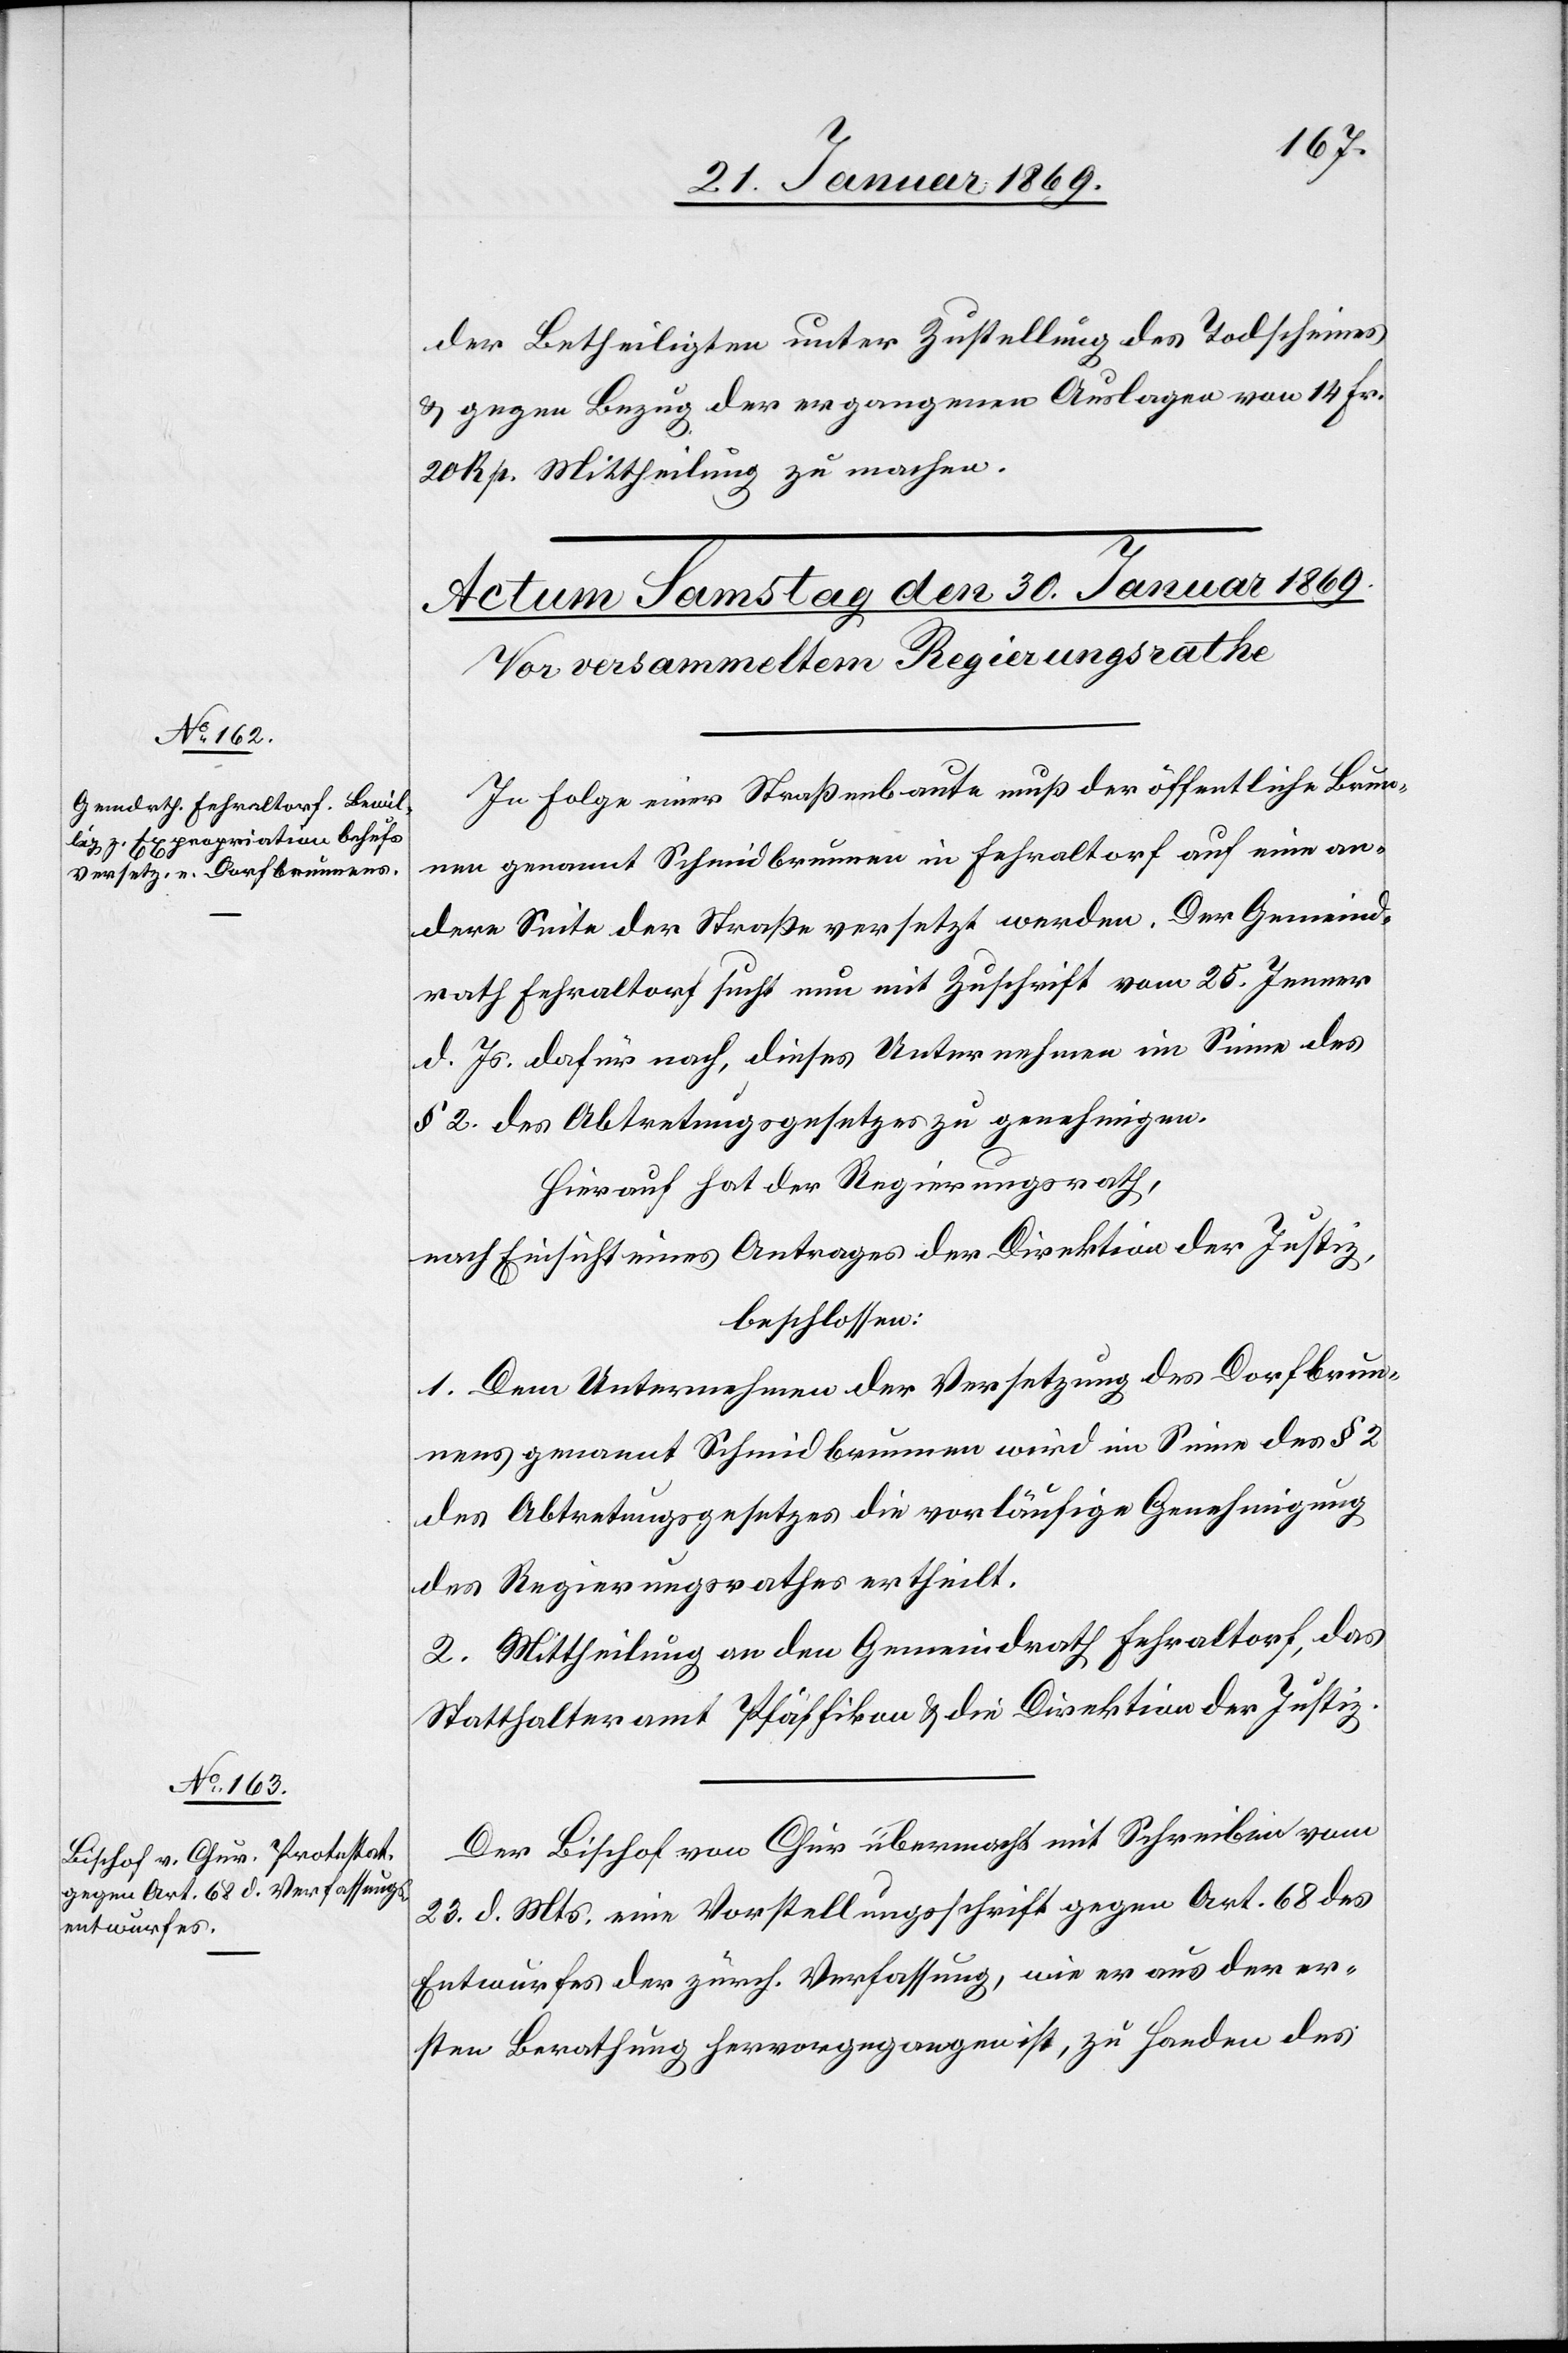
der Betheiligten unter Zustellung des Todscheines
& gegen Bezug der ergangenen Auslagen vom 14 Fr.
20 Rp. Mittheilung zu machen.
In Folge einer Straßenbaute muß der öffentliche Brun¬
nen genannt Schmidbrunnen in Fehraltorf auf eine an¬
dere Seite der Straße versetzt werden. Der Gemeind¬
rath Fehraltorf sucht nun mit Zuschrift vom 25. Jenner
d. Js. dafür nach, dieses Unternehmen im Sinne des
§ 2 des Abtretungsgesetzes zu genehmigen.
Hierauf hat der Regierungsrath,
nach Einsicht eines Antrages der Direktion der Justiz,
beschlossen:
1. Dem Unternehmen der Versetzung des Dorfbrun¬
nens genannt Schmidbrunnen wird im Sinne des § 2
des Abtretungsgesetzes die vorläufige Genehmigung
des Regierungsrathes ertheilt.
2. Mittheilung an den Gemeindrath Fehraltorf, das
Statthalteramt Pfäffikon & die Direktion der Justiz.
Der Bischof von Chur übermacht mit Schreiben vom
23. d. Mts. eine Vorstellungsschrift gegen Art. 68 des
Entwurfes der zürch. Verfassung, wie er aus der er¬
sten Berathung hervorgegangen ist, zu Handen des